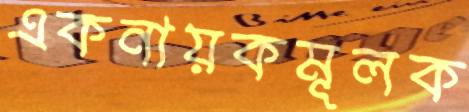
একনায়কমূলক